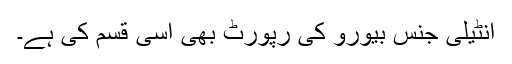
انٹیلی جنس بیورو کی رپورٹ بھی اسی قسم کی ہے۔